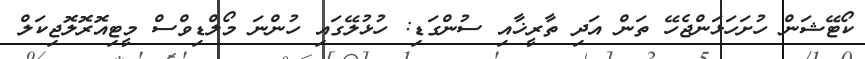
ކޯޓޭޝަން ހުށަހަޅަންޖެހޭ ތަން އަދި ތާރީޚާއި ސުންގަޑި: ހުޅުލޭގައި ހުންނަ މޯލްޑިވްސް މީޓިއޮރޮލޮޖިކަލް